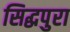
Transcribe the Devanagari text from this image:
सिद्धपुरा